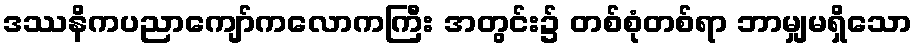
ဒဿနိကပညာကျော်ကလောကကြီး အတွင်း၌ တစ်စုံတစ်ရာ ဘာမျှမရှိသော